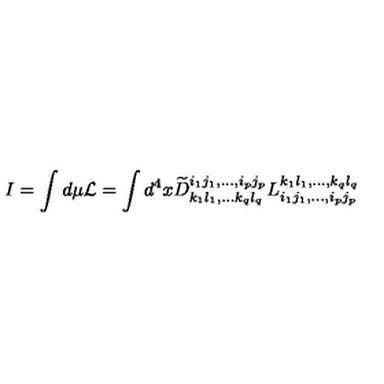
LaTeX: I = \int d \mu { \cal L } = \int d ^ { 4 } x \widetilde { D } _ { k _ { 1 } l _ { 1 } , \ldots k _ { q } l _ { q } } ^ { i _ { 1 } j _ { 1 } , \ldots , i _ { p } j _ { p } } L _ { i _ { 1 } j _ { 1 } , \ldots , i _ { p } j _ { p } } ^ { k _ { 1 } l _ { 1 } , \ldots , k _ { q } l _ { q } }